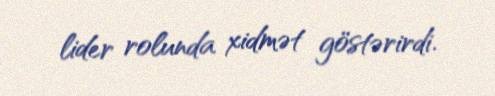
lider rolunda xidmət göstərirdi.